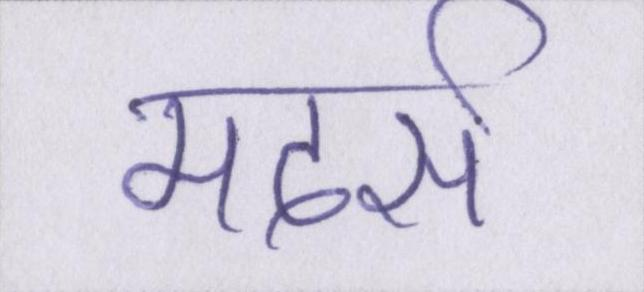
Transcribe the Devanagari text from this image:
मदर्स